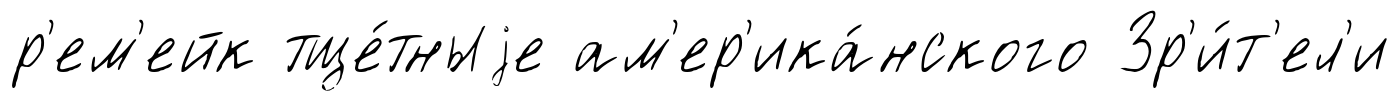
р'ем'ейк тще́тныjе ам'ер'ика́нского Зр'и́т'ел'и